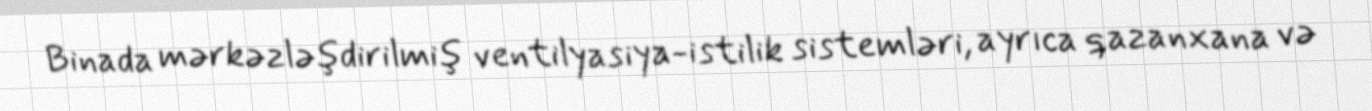
Binada mərkəzləşdirilmiş ventilyasiya-istilik sistemləri, ayrıca qazanxana və